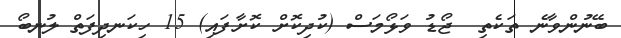
ބޭނުންވާނެ ތަކެތި  ޖޯޑު ވަޅޯމަސް (ކުދިކޮށް ކޮށާފައި) 15 ހިކަނދިފަތް ލުނބޯ